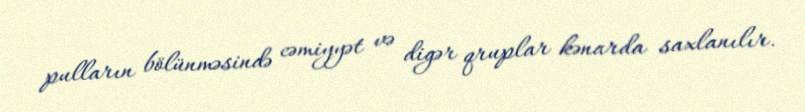
pulların bölünməsində cəmiyyət və digər qruplar kənarda saxlanılır.